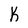
Character: K